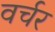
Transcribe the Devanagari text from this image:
वर्चर